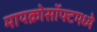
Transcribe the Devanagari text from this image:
मायक्रोसॉफ्टमध्ये